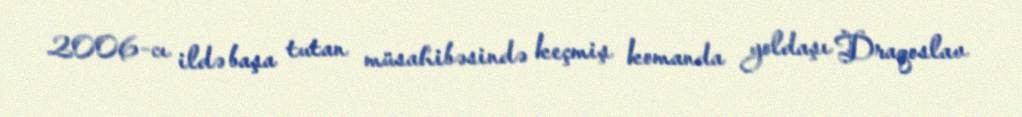
2006-cı ildə başa tutan müsahibəsində keçmiş komanda yoldaşı Draqoslav